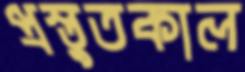
প্রস্তুতকাল